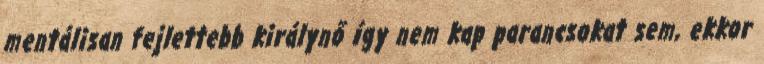
mentálisan fejlettebb királynő így nem kap parancsokat sem, ekkor